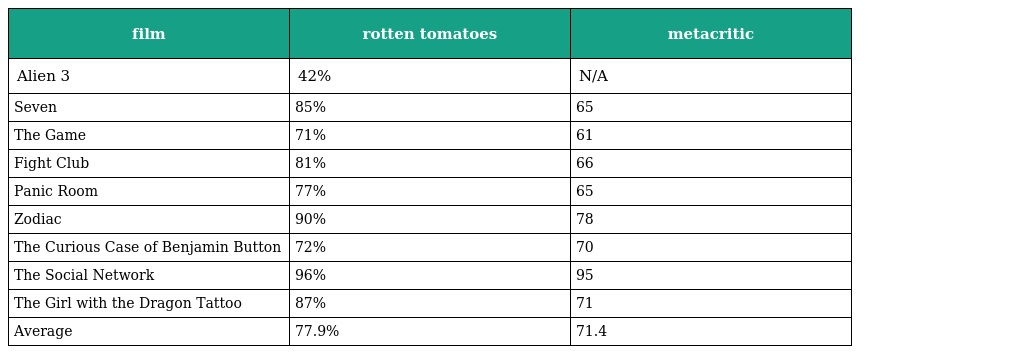
| film | rotten tomatoes | metacritic |
 | --- | --- | --- |
 | Alien 3 | 42% | N/A |
 | Seven | 85% | 65 |
 | The Game | 71% | 61 |
 | Fight Club | 81% | 66 |
 | Panic Room | 77% | 65 |
 | Zodiac | 90% | 78 |
 | The Curious Case of Benjamin Button | 72% | 70 |
 | The Social Network | 96% | 95 |
 | The Girl with the Dragon Tattoo | 87% | 71 |
 | Average | 77.9% | 71.4 |